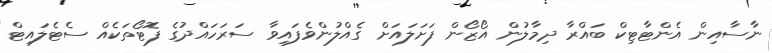
ނާސާއިން އެންޓާޓިކް ބައްރާ ދިމާލުން އޯޒޯން ފަށަލައަށް ގެއްލުންވެފައިވާ ސަރަހައްދުގެ ފޮޓޯތަކެއް ސެޓެލައިޓް